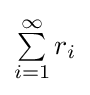
\textstyle \sum \limits _{i=1}^{\infty }r_{i}